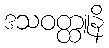
ဒသဝတ္ထူနိ